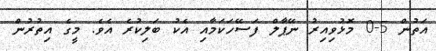
އަތުން 5-0 މޮޅުވިއިރު ނޭޕާލް ފަސޭހަކަމާއި އެކު ބަލިކުރެ އެވެ. މީގެ އިތުރުން